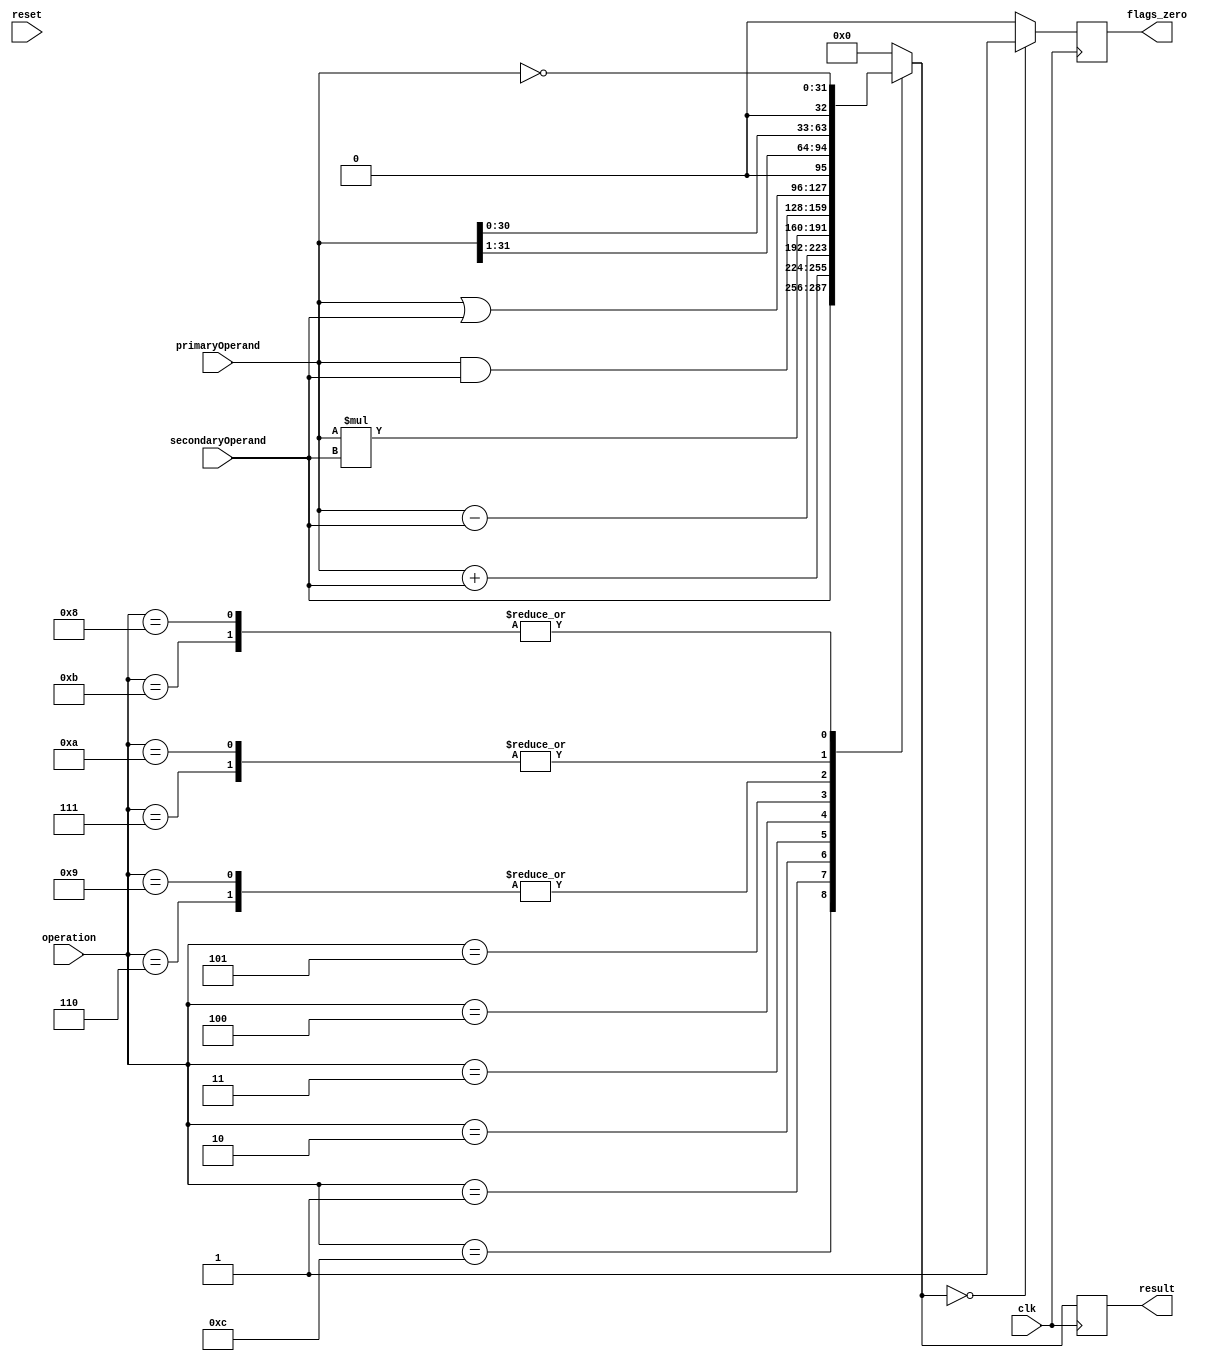
module ALU(clk,reset,primaryOperand,secondaryOperand,operation,result,flags_zero);
input clk;
input reset;  // Asynchronous reset, active low

input [31:0] primaryOperand ;// Used for all operations except passthrough
input[31:0] secondaryOperand ;// Used for two-operand operations
input[3:0] operation; // upto 16 operations

output[31:0] result;
reg[31:0] result;
output flags_zero;
reg flags_zero; // Zero

/* 
ALU_PASSTHROUGH 4b1100
ALU_ADD 4b0001
ALU_SUBTRACT 4b0010
ALU_MULTIPLY 4b0011
ALU_AND 4b0100
ALU_OR 4b0101
ALU_LOGICAL_SHIFT_RIGHT 4b0110
ALU_LOGICAL_SHIFT_LEFT 4b0111
ALU_ARITH_SHIFT_RIGHT 4b1001
ALU_ARITH_SHIFT_LEFT 4b1010
ALU_TWOS_COMPLEMENT 4b1011
ALU_COMPLEMENT 4b1000
4b0000 is taken for NOP 4b1111 for JUMP - these will give a 0 result

ZEROFLAG 2
CARRYFLAG 1
NEGFLAG 0

*/

always @(posedge clk) begin
    result[31:0] = 32'b0; // reset all of the bits so we dont infer any latches
    // do the requested operation
    case(operation)
        4'b1100:  begin // ALU PASSTHROUGH
            result[31:0] = secondaryOperand; // send the data bus input directly to the result
            //its pointless to pass the register operand through. if we need to move it from one register to another, we can just put it on the data bus.
          
        end
        4'b0001: begin // ADD
            result[31:0] = primaryOperand + secondaryOperand;
        end
        4'b0010: begin // Subtract
            result[31:0] = primaryOperand - secondaryOperand;
        end
        4'b0011: begin // Multiply
            result[31:0] = primaryOperand * secondaryOperand;
        end
        4'b0100: begin // AND
            result[31:0] = primaryOperand & secondaryOperand; 
        end
        4'b0101: begin // OR
            result[31:0] = primaryOperand | secondaryOperand; 
        end
        4'b0110: begin // ALU LOGICAL SHIFT RIGHT
            result[31:0] = primaryOperand >> 1; // shift one bit
        end
        4'b0111: begin // ALU LOGICAL SHIFT LEFT
            result[31:0] = primaryOperand << 1; // shift one bit
        end
        4'b1001: begin // ALU ARITH SHIFT RIGHT
            result[31:0] = primaryOperand >>> 1; // one bit shift
        end
        4'b1010: begin //ALU ARITH SHIFT LEFT
            result[31:0] = primaryOperand <<< 1; // one bit shift
        end
        4'b1011: begin // ALU TWOs COMPLEMENT
            result = ~primaryOperand;  // complement
        end
        4'b1000: begin // ALU COMPLEMENT
            result = ~primaryOperand; // complement
        end
        default: begin
            result[31:0] = 32'd0;
        end
    endcase

    if(operation ==  4'b0011) begin // for multiply operation
        flags_zero = (result[31:0] == 32'h0000) ? 1'b1 : 1'b0; // set or unset zero flag
    end
    else begin // for other operations
    
            flags_zero = (result[31:0] == 32'h0000) ? 1'b1 : 1'b0; // set or unset zero flag
        end 
    end // always posedge clock

endmodule